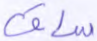
ساق